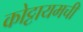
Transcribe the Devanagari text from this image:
कोट्टायमची